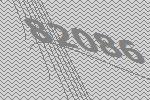
82086